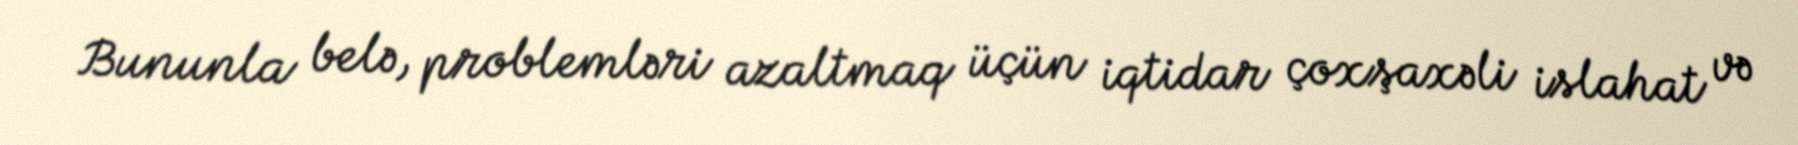
Bununla belə, problemləri azaltmaq üçün iqtidar çoxşaxəli islahat və